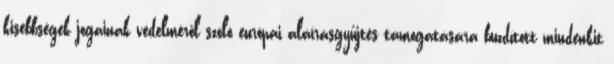
kisebbségek jogainak védelméről szóló európai aláírásgyűjtés támogatására buzdított mindenkit